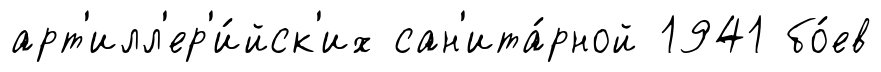
арт'илл'ер'и́йск'их сан'ита́рной 1941 бо́ев